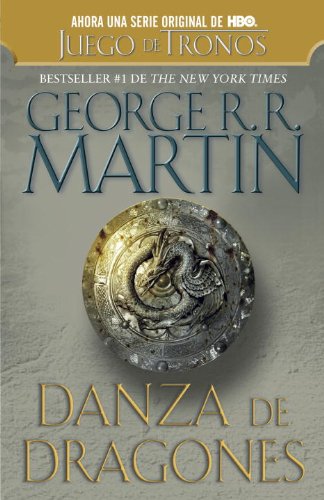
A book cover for Danza de dragones (Spanish Edition); George R. R. Martin; Science Fiction & Fantasy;